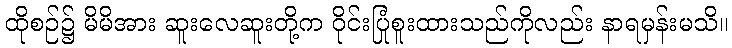
ထိုစဉ်၌ မိမိအား ဆူးလေဆူးတို့က ဝိုင်းပြုံစူးထားသည်ကိုလည်း နာရမှန်းမသိ။